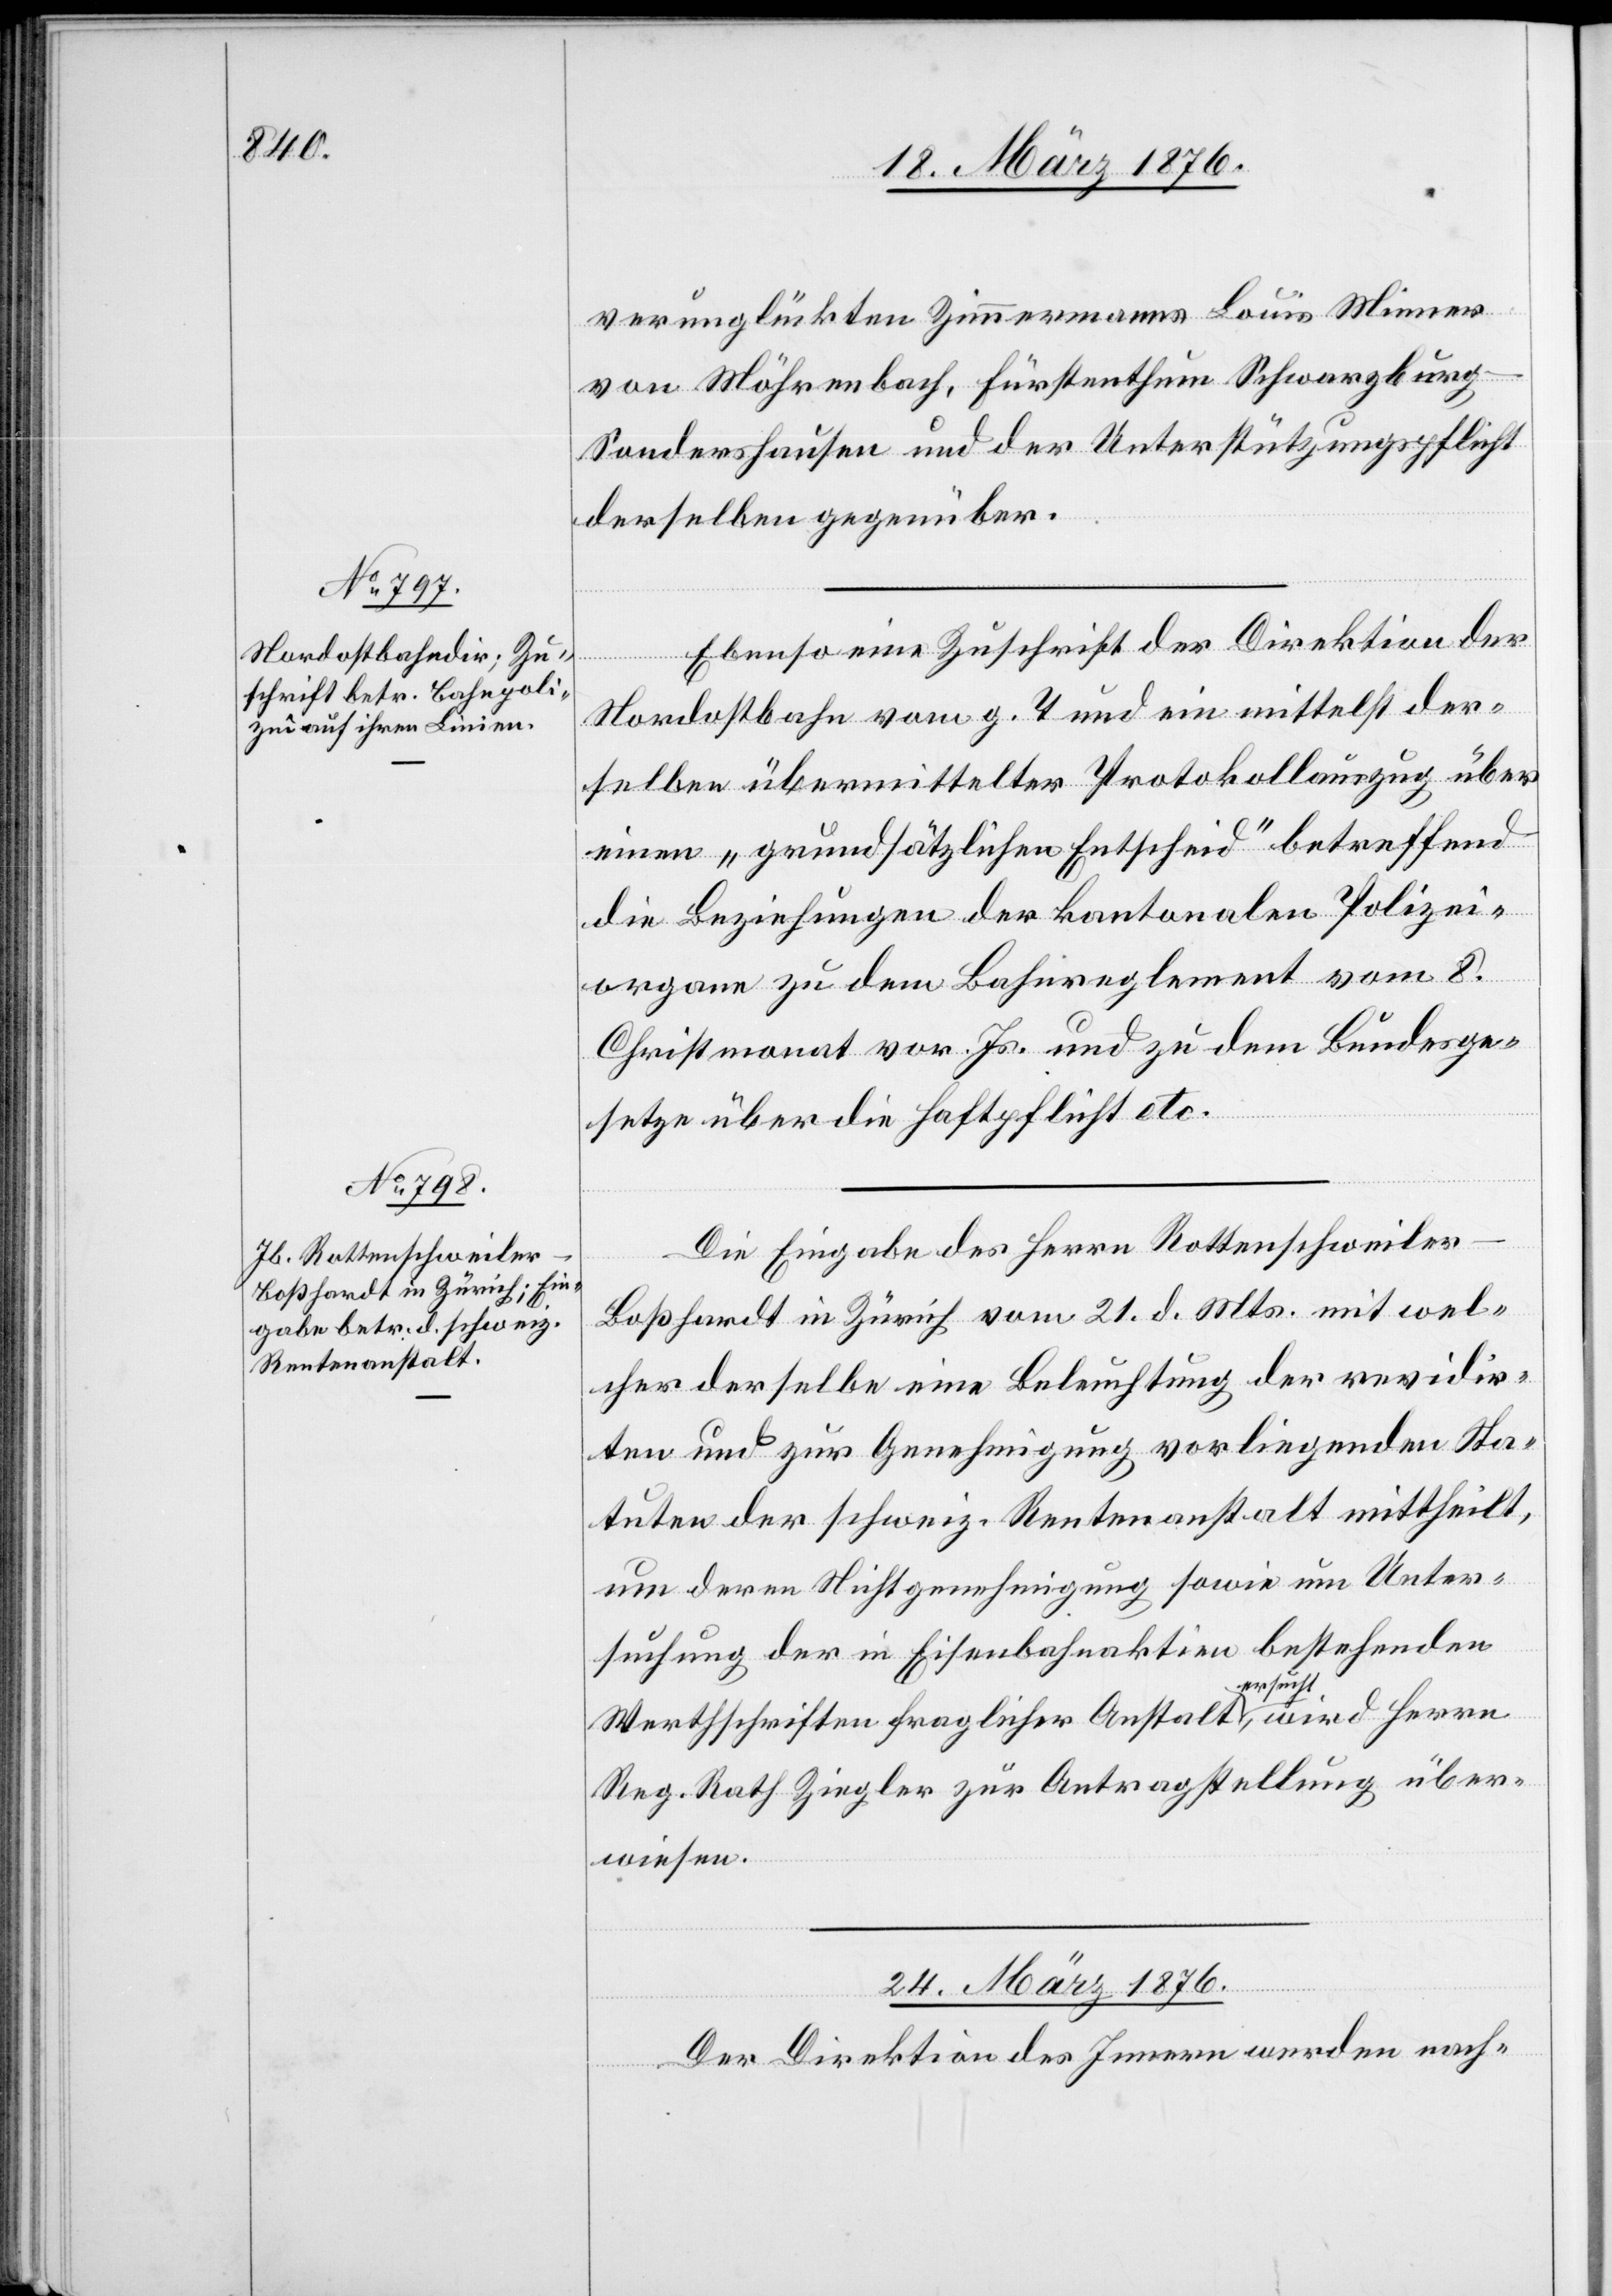
verunglückten Zimmermanns Louis Miener
von Möhrenbach, Fürstenthum Schwarzbur¬
g-Sondershausen und der Unterstützungspflicht
derselben gegenüber.
Ebenso eine Zuschrift der Direktion der
Nordostbahn vom g. T. und ein mittelst der¬
selben übermittelter Protokollauszug über
einen „grundsätzlichen Entscheid“ betreffend
die Beziehungen der kantonalen Polizei¬
organe zu dem Bahnreglement vom 8.
Christmonat vor. Js. und zu dem Bundesge¬
setze über die Haftpflicht etc.
Die Eingabe des Herrn Rottenschweiler-B¬
oßhardt in Zürich vom 21. d. Mts. mit wel¬
cher derselbe eine Beleuchtung der revidir¬
ten und zur Genehmigung vorliegenden Sta¬
tuten der schweiz. Rentenanstalt mittheilt,
um deren Nichtgenehmigung sowie um Unter¬
suchung der in Eisenbahnaktien bestehenden
Werthschriften fraglicher Anstalt ersucht, wird Herrn
Reg. Rath Ziegler zur Antragstellung über¬
wiesen.
24. März 1876.
Der Direktion des Innern werden nach-